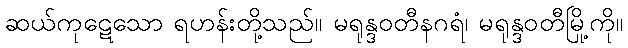
ဆယ်ကုဋေသော ရဟန်းတို့သည်။ မရုန္ဒဝတီနဂရံ၊ မရုန္ဒဝတီမြို့ကို။